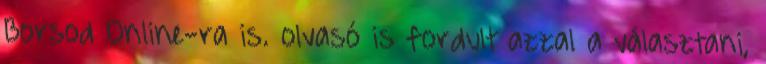
Borsod Online-ra is. olvasó is fordult azzal a választani,